Calcutta medical institutions reports 1879-81 [i.e.91]
Year: 1879
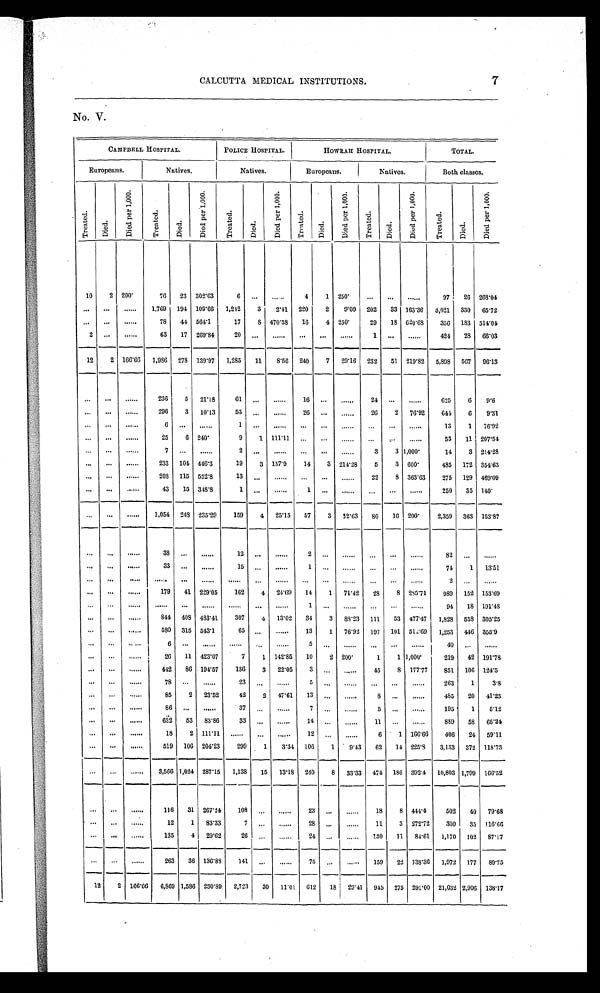
CALCUTTA MEDICAL INSTITUTIONS.7
No. V.
CAMPBELL HOSPI TAL
POLICE HOSPITAL
HOWR AH HOS P I T AL .
T O T A L .
E u r o p e a n s .
N a t i v e s .
N a t i v e s .
Europeans.
N a t i v e s .
B o t h c l a s s e s .
T r e a t e d .
D i e d .
D i e d p e r 1 , 0 0 0 .
T r e a t e d .
D i e d .
D i e d p e r 1 , 0 0 0 .
T r e a t e d .
Di e d .
D i e d p e r 1 , 0 0 0
T r e a t e d .
D i e d .
D i e d p e r 1 , 0 0 0 .
T r e a t e d .
D i e d .
D i e d p e r 1 , 0 0 0 .
T r e a t e d .
D i e d .
D i e d p e r 1 , 0 0 0 .
1 0
2 2 0 0
7 6
2 3
3 0 2 . 6 3
6 . . .
. . .
4
1
2 5 0
. . . . . .
. . .
9 7
2 6
2 6 8 . 0 4
. . .
. . .
. . .
1 , 7 6 9
1 9 4
1 0 9 . 6 6
1 , 2 4 2
3
2 . 4 1
2 2 0
2
9 . 0 9
2 0 2
3 3
1 6 3 . 3 6
6 , 0 2 1
3 3 0
6 5 . 7 2
. . . . . .
. . .
7 8
4 4
5 6 4 . 1
1 7
8
4 7 0 . 5 8
1 6
4
2 5 0
2 9
1 8
6 2 0 . 6 8
3 5 6
1 8 3
5 1 4 . 0 4
2 . . .
. . .
6 3
1 7
2 6 9 . 8 4
2 0 . . .
. . . . . .
. . .
. . .
1 . . .
. . .
4 2 4
2 8
6 6 . 0 3
1 2
2
1 6 6 . 6 6
1 , 9 8 6
2 7 8
1 3 9 . 9 7
1 , 2 8 5
1 1
8 . 5 6
2 4 0
7
2 9 . 1 6
2 3 2
5 1
2 1 9 . 8 2
5 , 8 9 8
5 6 7
9 6 . 1 3
. . . . . .
. . .
2 3 6
5
2 1 . 1 8
6 1 . . .
. . .
1 6
. . .
. . .
2 4 . . .
. . .
6 2 5
6
9 . 6
. . . . . .
. . .
2 9 6
3
1 0 . 1 3
5 3 . . .
. . .
2 6 . . .
. . . 2 6
2
7 6 . 9 2
6 4 4
6
9 . 3 1
. . . . . .
. . .
6 . . .
. . .
1 . . .
. . . . . .
. . .
. . .
. . .
. . .
. . .
1 3
1
7 6 . 9 2
. . . . . .
. . .
2 5
6
2 4 0
9
1
1 1 1 . 1 1 . . .
. . .
. . .
. . . . . .
. . .
5 3
1 1
2 0 7 . 5 4
. . . . . .
. . .
7 . . .
. . .
2 . . .
. . .
. . . . . .
. . .
3
3
1 , 0 0 0
1 4
3
2 1 4 . 2 8
. . . . . .
. . .
2 3 3
1 0 4
4 4 6 . 3
1 9
3
1 5 7 . 9
1 4
3
2 1 4 . 2 8
5
3
6 0 0
4 8 5
1 7 2
3 5 4 . 6 3
. . .
. . .
. . .
2 0 8
1 1 5
5 5 2 . 8
1 3 . . .
. . .
. . .
. . .
. . .
2 2
8
3 6 3 . 6 3
2 7 5
1 2 9
4 6 9 . 0 9
. . .
. . .
. . .
4 3
1 5
3 4 8 . 8
1 . . .
. . .
1
. . .
. . . . . . . . .
. . .
2 5 0
3 5
1 4 0
. . .
. . .
. . .
1 , 0 5 4
2 4 8
2 3 5 . 2 9
1 5 9
4
2 5 . 1 5 5 7
3
5 2 . 6 3
8 0
1 6
2 0 0
2 , 3 5 9
2 6 3
1 5 3 . 8 7
. . .
. . .
. . .
3 8 . . .
. . .
1 2 . . .
. . .
2 . . .
. . .
. . .
. . .
. . .
8 2 . . .
. . .
. . . . . .
. . .
3 3 . . .
. . .
1 5 . . .
. . .
1
. . .
. . .
. . .
. . .
. . .
7 4
1
1 3 . 5 1
. . .
. . .
. . .
. . . . . .
. . .
. . .
. . .
. . . . . .
. . .
. . . . . .
. . .
. . .
2
. . .
. . .
. . .
. . .
. . .
1 7 9
4 1
2 2 9 . 0 5
1 6 2
4
2 4 . 6 9 1 4
1
7 1 . 4 2
2 8
8
2 8 5 . 7 1
9 8 9
1 5 2
1 5 3 . 6 9
. . .
. . .
. . .
. . .
. . .
. . .
. . .
. . .
. . . 1
. . .
. . .
. . .
. . .
. . .
9 4
1 8
1 9 1 . 4 8
. . .
. . .
. . .
8 4 4
4 0 8
4 8 3 . 4 1
3 0 7
4
1 3 . 0 2 3 4
3
8 8 . 2 3
1 1 1
5 3
4 7 7 . 4 7
1 , 8 2 8
5 5 8
3 0 5 . 2 5
. . .
. . .
. . .
5 8 0
3 1 5
5 4 3 . 1
6 5 . . .
. . .
1 3
1
7 6 . 9 2
1 9 7
1 0 1
5 1 2 . 6 9
1 , 2 5 3
4 4 6
3 5 5 . 9
. . .
. . .
. . .
6
. . .
. . .
. . .
. . .
. . . 5 . . .
. . . . . .
. . .
. . .
4 0
. . .
. . .
. . .
. . .
. . .
2 6
1 1
4 2 3 . 0 7
7 1 1 4 2 . 8 5
1 0
2
2 0 0
1
1
1 , 0 0 0
2 1 9
4 2
1 9 1 . 7 8
. . .
. . .
. . .
4 4 2
8 6
1 9 4 . 5 7
1 3 6 3 2 2 . 0 5
3
. . .
. . .
4 5
8
1 7 7 . 7 7
8 5 1
1 0 6
1 2 4 . 5
. . .
. . .
. . .
7 8
. . .
. . .
2 3
. . .
. . . 5 . . .
. . .
. . .
. . .
. . .
2 6 3
1
3 . 8
. . .
. . .
. . .
8 5
2
2 3 . 5 2
4 2
2
4 7 . 6 1 1 3
. . .
. . .
8
. . .
. . .
4 8 5
2 0
4 1 . 2 3
. . .
. . .
. . .
8 6
. . .
. . .
3 7
. . .
. . . 7
. . .
. . .
5
. . .
. . .
1 9 5
1
5 . 1 2
. . .
. . .
. . .
6 3 2
5 3 8 3 . 8 6
3 3
. . .
. . . 1 4 . . .
. . .
1 1
. . .
. . .
8 8 9
5 8
6 5 . 2 4
. . .
. . .
. . .
1 8 2
1 1 1 . 1 1
. . .
. . .
. . . 1 2 . . .
. . .
6
1
1 6 6 . 6 6
4 0 6
2 4
5 9 . 1 1
. . .
. . .
. . .
5 1 9
1 0 6
2 0 4 . 2 3
2 9 9
1
3 . 3 4 1 0 6
1
9 . 4 3
6 2 1 4
2 2 5 . 8
3 , 1 3 3
3 7 2
1 1 8 . 7 3
. . .
. . .
. . .
3 , 5 6 6
1 , 0 2 4
2 8 7 . 1 5
1 , 1 3 8
1 5 1 3 . 1 8
2 4 0
8
3 3 . 3 3
4 7 4
1 8 6
3 9 2 . 4
1 0 , 8 0 3
1 , 7 9 9
1 6 6 . 5 2
. . .
. . .
. . .
1 1 6 3 1
2 6 7 . 2 4
1 0 8 . . .
. . .
2 3 . . .
. . .
1 8 8
4 4 4 . 4
5 0 2 4 0 7 9 . 6 8
. . .
. . .
. . .
1 2 1
8 3 . 3 3
7
. . .
. . . 2 8 . . .
. . .
1 1 3
2 7 2 . 7 2
3 0 0 3 5 1 1 6 . 6 6
. . .
. . .
. . .
1 3 5 4
2 9 . 6 2
2 6 . . .
. . . 2 4
. . .
. . .
1 3 0 1 1
8 4 . 6 1
1 , 1 7 0
1 0 2
8 7 . 1 7
. . . . . .
. . .
2 6 3 3 6
1 3 6 . 8 8
1 4 1 . . .
. . . 7 5
. . .
. . .
1 5 9 2 2 1 3 8 . 3 6
1 , 9 7 2
1 7 7
8 9 . 7 5
1 2 2
1 6 6 . 6 6
6 , 8 6 9
1 , 5 8 6
2 3 0 . 6 9
2 , 7 2 3
3 0
1 1 . 0 1 6 1 2 1 8
2 9 . 4 1
9 4 5 2 7 5
2 9 1 . 0 0
2 1 , 0 3 2
2 , 9 0 6
1 3 8 . 1 7